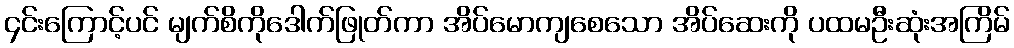
၄င်းကြောင့်ပင် မျက်စိကိုဒေါက်ဖြုတ်ကာ အိပ်မောကျစေသော အိပ်ဆေးကို ပထမဦးဆုံးအကြိမ်